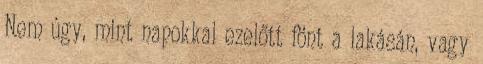
Nem úgy, mint napokkal ezelőtt fönt a lakásán, vagy